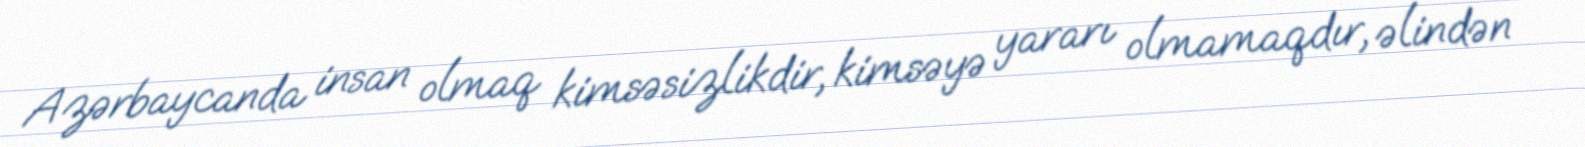
Azərbaycanda insan olmaq kimsəsizlikdir, kimsəyə yararı olmamaqdır, əlindən